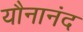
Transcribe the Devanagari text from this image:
यौनानंद